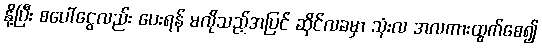
နို့ပြီး စပေါ်ငွေလည်း ပေးရန် မလိုသည့်အပြင် ဆိုင်လခမှာ သုံးလ အလကားထွက်စေ၍